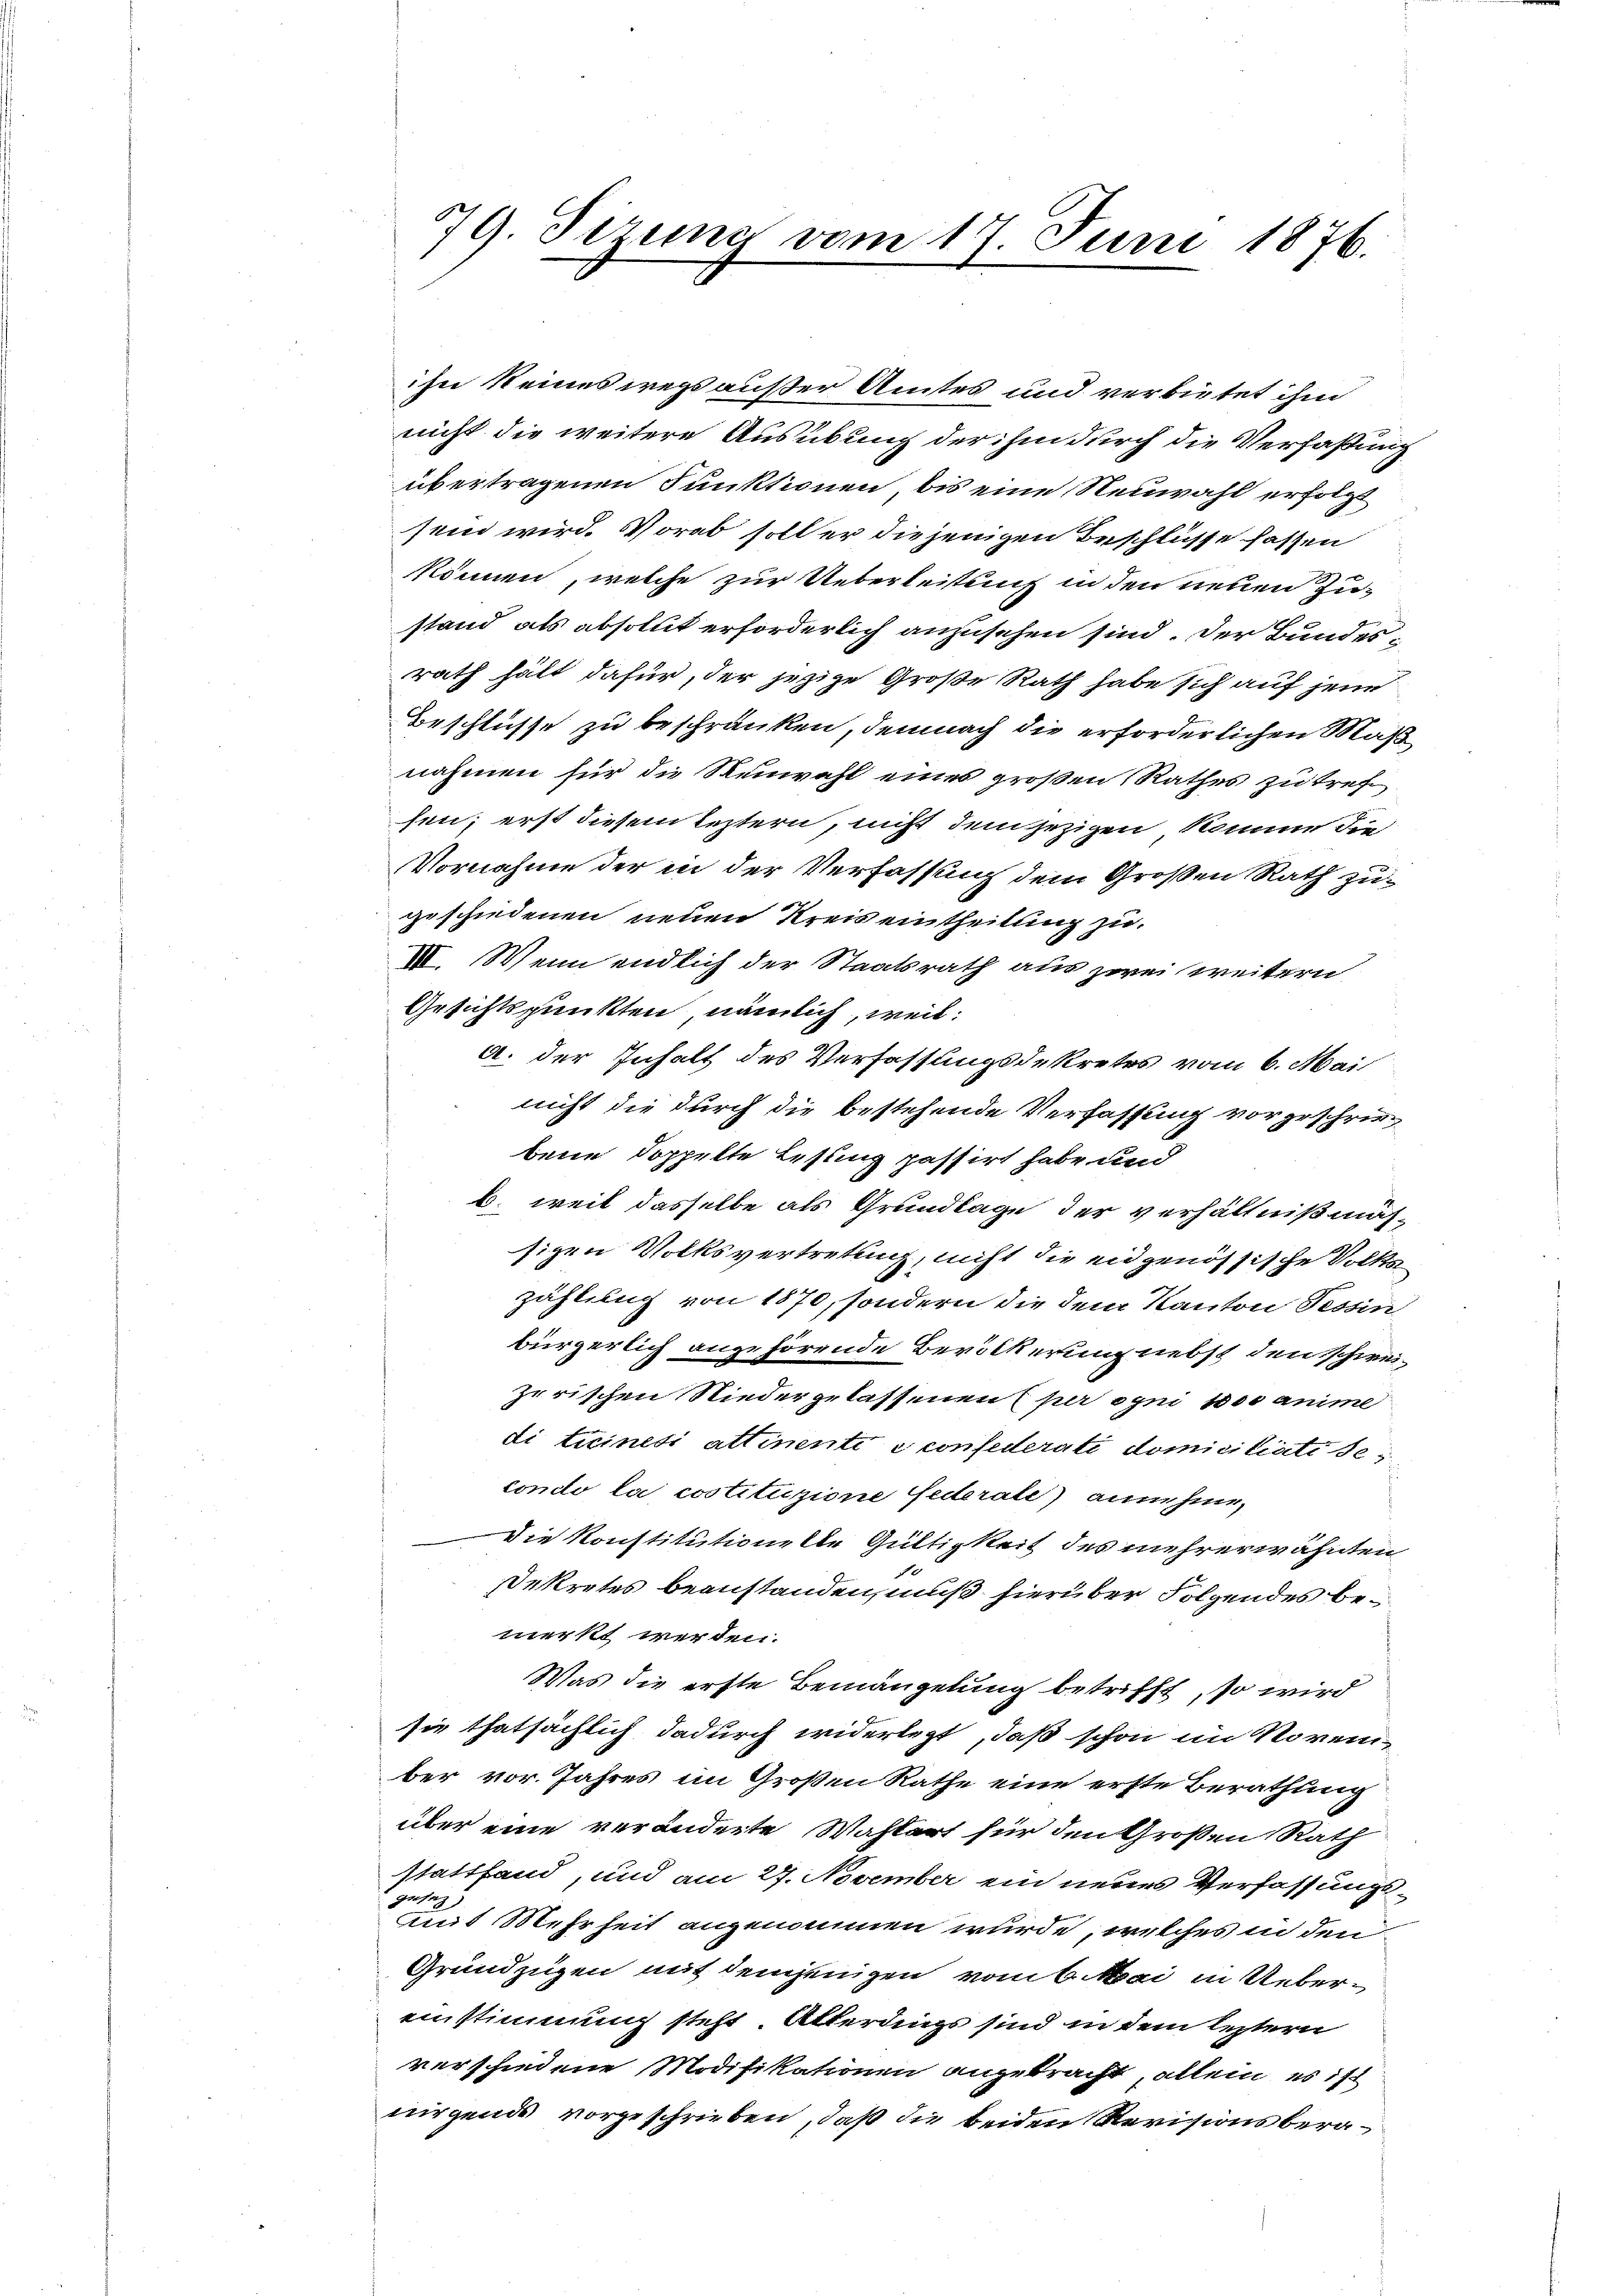
79. Sizung vom 17. Juni 1876.

ihn seineswegs außer Amtes und verbietet ihm
nicht die weitere Ausübung der ihm durch die Verfaßung
übertragenen Funktionen bis eine Neuwahl erfolgt
sein wird. Vorab soll er diejenigen Beschlüsse fassen
können, welche zur Ueberleistung in den neuen Zustand als absolut erforderlich anzusehen sind. Der Bundesrath hält dafür, der jezige Große Rath habe sich auf jene
Beschlüsse zu beschränken, demnach die erforderlichen Maß
nahmen für die Reuwahl eines großen Rathes zu tref
sen; erst diesem leztern, nicht dem jezigen komme die
Vornahme der in der Verfassung dem Großen Rath zugeschiedenen neuen Kreis eintheilung zu
VI. Wenn endlich der Staatsrath aus zwei weitern
Gesichtspunkten, nämlich, weil:
a. der Inhalt des Verfassungsdekretes vom 6. Mai
nicht die durch die bestehende Verfassung vorgeschriebene doppelte Lesung passirt habe und
b. weil dasselbe als Grundlage der verhältnißmähsigen Volksvertretung, nicht die eidgenössische Volkazählung von 1870, sondern die dem Kanton Tessin
bürgerlich angehörende Bevölkerung nebst den schweizerischen Niedergelassenen (per syni 1800 anime
di ticinesi attinenti confederati domiciliate Secondo la costituzione Gederale) anne hier,
Die Konstitutionelle Gültigkeit des mehrerwähnten
sekretes beanstanden, muß hierüber Folgendes bemerkt werden.
Was die erste Bemängelung betrifft, so wird
sie thatsächlich dadurch widerlegt, daß schon im November vor. Jahres im Großen Rathe eine erste Berathung
über eine veränderte Wahlart für den Großen Rath
stattfand, und am 27. November ein neues Verfassungsgesez
Ans Mehrheit angenommen wurde, welches in den
Grundzügen mit demjenigen vom 6. Mai in Uebereinstimmung steht. Allerdings sind in dem leztern
verschiedene Modifikationen angebracht, allein, es ist
nirgends vorgeschrieben, daß die beiden Revisionsbera¬